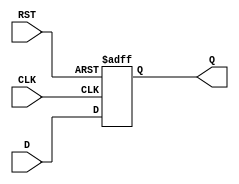
module StoreRegister #(
    parameter WIDTH = 8  // Width of the register
)(
    input wire [WIDTH-1:0] D,   // Data input
    input wire CLK,              // Clock input
    input wire RST,              // Reset input
    output reg [WIDTH-1:0] Q     // Data output
);

// Asynchronous reset
always @(posedge CLK or posedge RST) begin
    if (RST) begin
        Q <= {WIDTH{1'b0}};  // Reset output to 0
    end else begin
        Q <= D;              // Capture input data on rising edge of clock
    end
end

endmodule